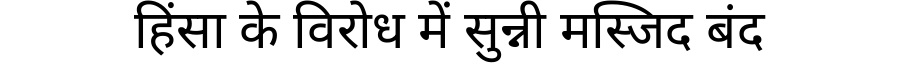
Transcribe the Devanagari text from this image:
हिंसा के विरोध में सुन्नी मस्जिद बंद